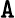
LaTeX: {\tt A}